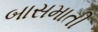
બાસમાતી